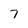
Character: 7